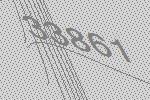
33861